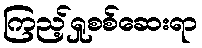
ကြည့်ရှုစစ်ဆေးရာ